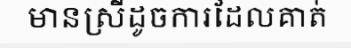
មានស្រីដូចការដែលគាត់